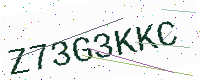
Text: Z73G3KKC